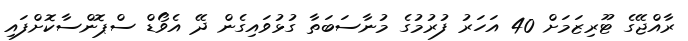
ރާއްޖޭގެ ޓޫރިޒަމަށް 40 އަހަރު ފުރުމުގެ މުނާސަބަތާ ގުޅުވައިގެން ދޭ އެވޯޑް ސްޕޮންސާކޮށްފައި